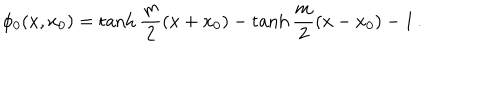
\phi _ { 0 } ( x , x _ { 0 } ) = \tanh \frac { m } { 2 } ( x + x _ { 0 } ) - \tanh \frac { m } { 2 } ( x - x _ { 0 } ) - 1 \, .